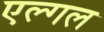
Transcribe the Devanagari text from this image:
एल्गल